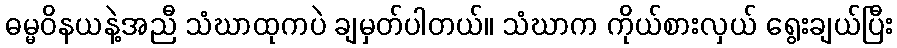
ဓမ္မဝိနယနဲ့အညီ သံဃာထုကပဲ ချမှတ်ပါတယ်။ သံဃာက ကိုယ်စားလှယ် ရွေးချယ်ပြီး